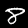
Label: 8